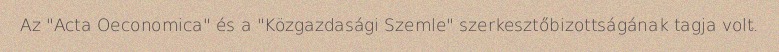
Az "Acta Oeconomica" és a "Közgazdasági Szemle" szerkesztőbizottságának tagja volt.